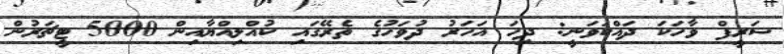
ޝަރީފް ވާހަކަ ދައްކަވަނީ: ދިހަ އަހަރު ދުވަހުގެ ތެރޭގައި ކުއްލިއްޔާއިން 5000 ޓީޗަރުން